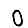
Digit: 0